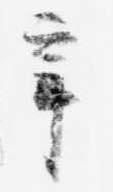
辛